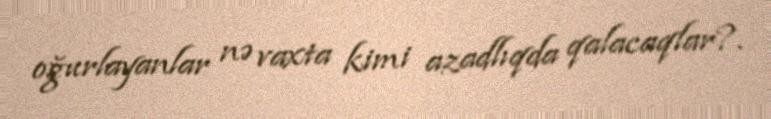
oğurlayanlar nə vaxta kimi azadlıqda qalacaqlar?.